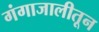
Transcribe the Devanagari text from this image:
गंगाजालीतून